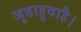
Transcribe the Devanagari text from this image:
जुडाहुवाहै।